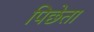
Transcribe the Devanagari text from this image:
पिछेता